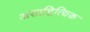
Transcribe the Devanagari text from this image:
असाहित्यि़क